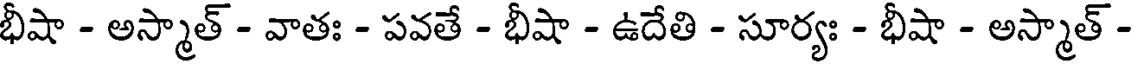
భీషా - అస్మాత్ - వాతః - పవతే - భీషా - ఉదేతి - సూర్యః - భీషా - అస్మాత్ -